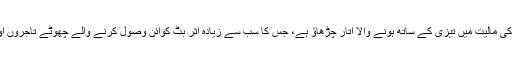
بٹ کوائن کا ایک بڑا نقصان اس کی مالیت میں تیزی کے ساتھ ہونے والا اتار چڑھاؤ ہے، جس کا سب سے زیادہ اثر بٹ کوائن وصول کرنے والے چھوٹے تاجروں اور کاروباری اداروں پر پڑتا ہے۔